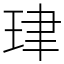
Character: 珒